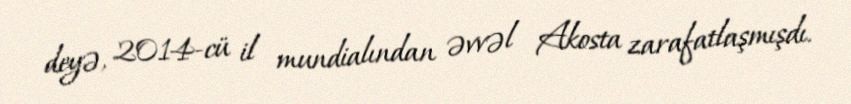
deyə, 2014-cü il mundialından əvvəl Akosta zarafatlaşmışdı.